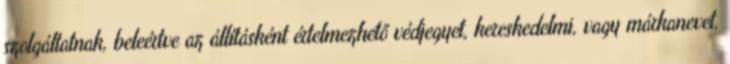
szolgáltatnak, beleértve az állításként értelmezhető védjegyet, kereskedelmi, vagy márkanevet,